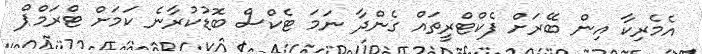
އެމެރިކާ އިން ބޭރަށް ފެކްޓްރީތައް ގެންދާ ނަމަ ޓެކްސް ބޮޑުކުރާނެ ކަމަށް ޓްރަމްޕް